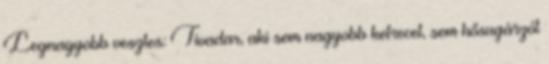
Legnagyobb vesztes: Tivadar, aki sem nagyobb ketrecet, sem hősugárzót